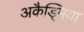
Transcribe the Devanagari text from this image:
अकैड्मिया